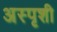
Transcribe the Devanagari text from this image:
अस्पृशी